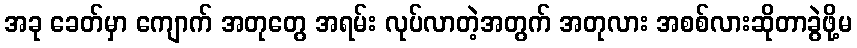
အခု ခေတ်မှာ ကျောက် အတုတွေ အရမ်း လုပ်လာတဲ့အတွက် အတုလား အစစ်လားဆိုတာခွဲဖို့မ